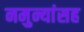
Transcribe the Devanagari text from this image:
नमुन्यांसह